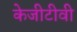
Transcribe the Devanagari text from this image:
केजीटीवी